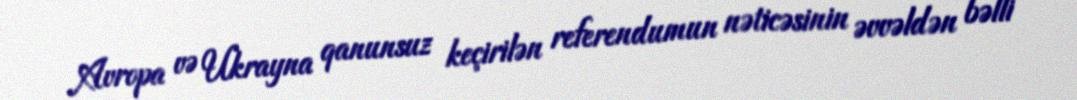
Avropa və Ukrayna qanunsuz keçirilən referendumun nəticəsinin əvvəldən bəlli